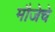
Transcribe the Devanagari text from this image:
मौजेचे